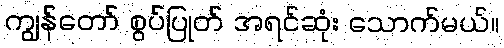
ကျွန်တော် စွပ်ပြုတ် အရင်ဆုံး သောက်မယ်။